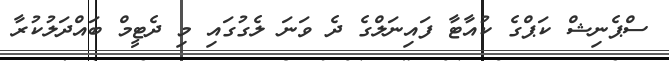
ސްޕެނިޝް ކަޕްގެ ކުއާޓާ ފައިނަލްގެ ދެ ވަނަ ލެގުގައި މި ދެޓީމް ބައްދަލުކުރާ